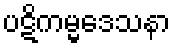
ပဋိကမ္မဒေသနာ